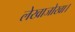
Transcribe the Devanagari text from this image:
लेखाजोखा।